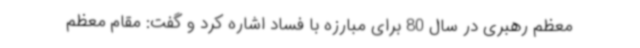
معظم رهبری در سال 80 برای مبارزه با فساد اشاره کرد و گفت: مقام معظم